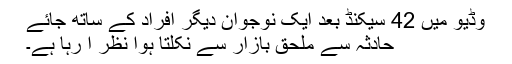
وڈیو میں 42 سیکنڈ بعد ایک نوجوان دیگر افراد کے ساتھ جائے
حادثہ سے ملحق بازار سے نکلتا ہوا نظر آ رہا ہے۔